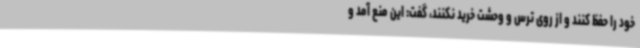
خود را حفظ کنند و از روی ترس و وحشت خرید نکنند، گفت: این منع آمد و